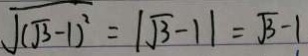
\sqrt { ( \sqrt { 3 } - 1 ) ^ { 2 } } = \vert \sqrt { 3 } - 1 \vert = \sqrt { 3 } - 1